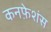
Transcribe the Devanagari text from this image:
कनफ़ेशंस